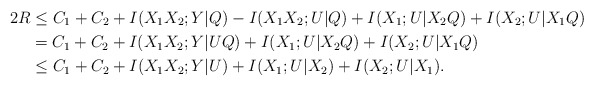
\begin{align*}2R&\leq C_1+C_2+I(X_1X_2;Y|Q)-I(X_1X_2;U|Q)+I(X_1;U|X_2Q)+I(X_2;U|X_1Q)\\&= C_1+C_2+I(X_1X_2;Y|UQ)+I(X_1;U|X_2Q)+I(X_2;U|X_1Q)\\&\leq C_1+C_2+I(X_1X_2;Y|U)+I(X_1;U|X_2)+I(X_2;U|X_1).\end{align*}